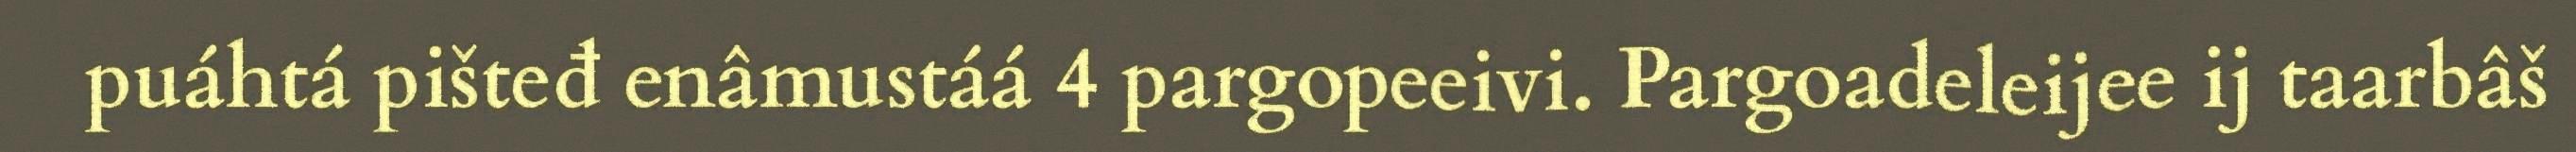
puáhtá pišteđ enâmustáá 4 pargopeeivi. Pargoadeleijee ij taarbâš